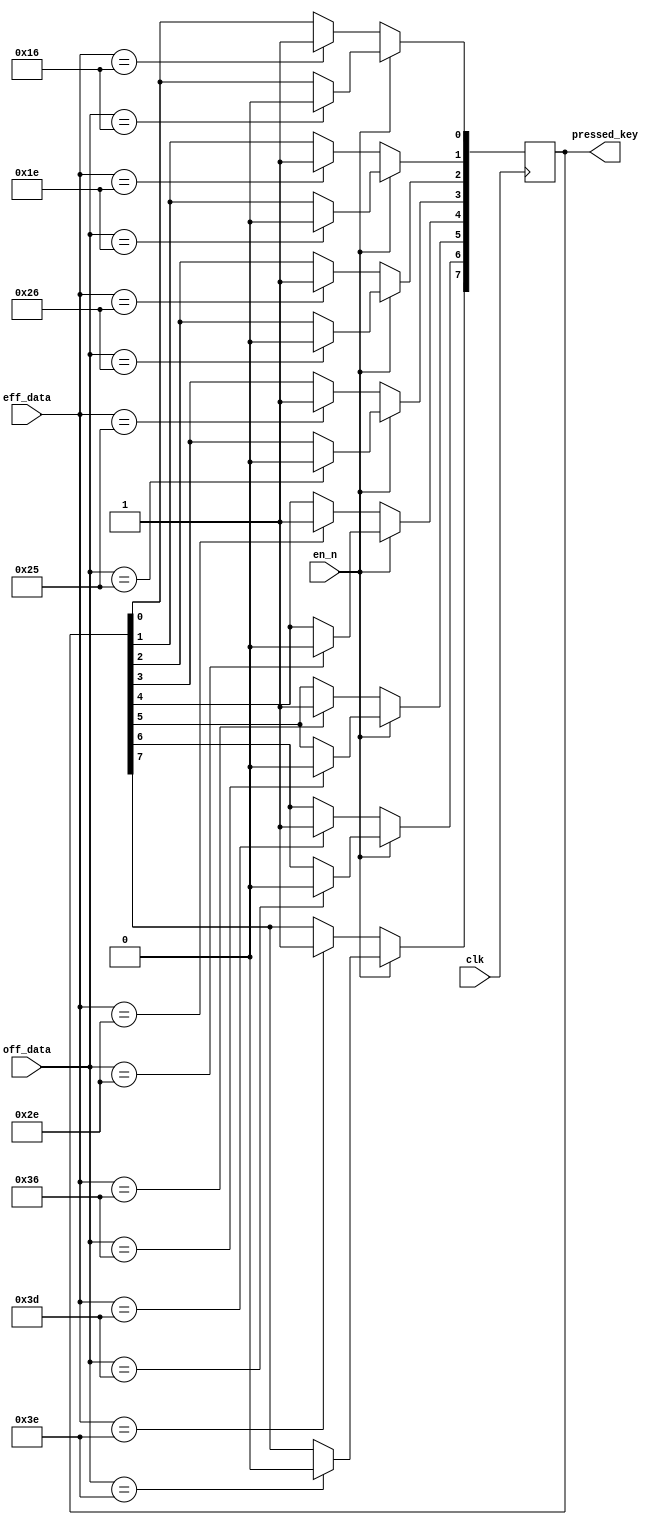
module kbd_pressed(
   input clk,
   input en_n,
   input [7:0] eff_data,
   input [7:0] off_data,
   output reg [7:0] pressed_key
   );
   
   parameter [7:0] DO_1 = 8'h16;
   parameter [7:0] RE = 8'h1E;
   parameter [7:0] MI = 8'h26;
   parameter [7:0] FA = 8'h25;
   parameter [7:0] SO = 8'h2E;
   parameter [7:0] LA = 8'h36;
   parameter [7:0] SI = 8'h3D;
   parameter [7:0] DO_2 = 8'h3E;
   
   initial begin
      pressed_key = 8'b0;
   end
   
   always @ (posedge clk) begin
      if (en_n) begin
         pressed_key[0] = (off_data == DO_1) ? 0 : pressed_key[0];
         pressed_key[1] = (off_data == RE) ? 0 : pressed_key[1];
         pressed_key[2] = (off_data == MI) ? 0 : pressed_key[2];
         pressed_key[3] = (off_data == FA) ? 0 : pressed_key[3];
         pressed_key[4] = (off_data == SO) ? 0 : pressed_key[4];
         pressed_key[5] = (off_data == LA) ? 0 : pressed_key[5];
         pressed_key[6] = (off_data == SI) ? 0 : pressed_key[6];
         pressed_key[7] = (off_data == DO_2) ? 0 : pressed_key[7];
      end else begin
         pressed_key[0] = (eff_data == DO_1) ? 1 : pressed_key[0];
         pressed_key[1] = (eff_data == RE) ? 1 : pressed_key[1];
         pressed_key[2] = (eff_data == MI) ? 1 : pressed_key[2];
         pressed_key[3] = (eff_data == FA) ? 1 : pressed_key[3];
         pressed_key[4] = (eff_data == SO) ? 1 : pressed_key[4];
         pressed_key[5] = (eff_data == LA) ? 1 : pressed_key[5];
         pressed_key[6] = (eff_data == SI) ? 1 : pressed_key[6];
         pressed_key[7] = (eff_data == DO_2) ? 1 : pressed_key[7];
      end
   end
   
endmodule